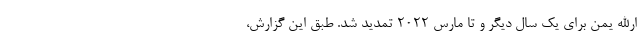
ارالله یمن برای یک سال دیگر و تا مارس ۲۰۲۲ تمدید شد. طبق این گزارش،